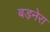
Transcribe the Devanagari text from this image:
बड़नेरा